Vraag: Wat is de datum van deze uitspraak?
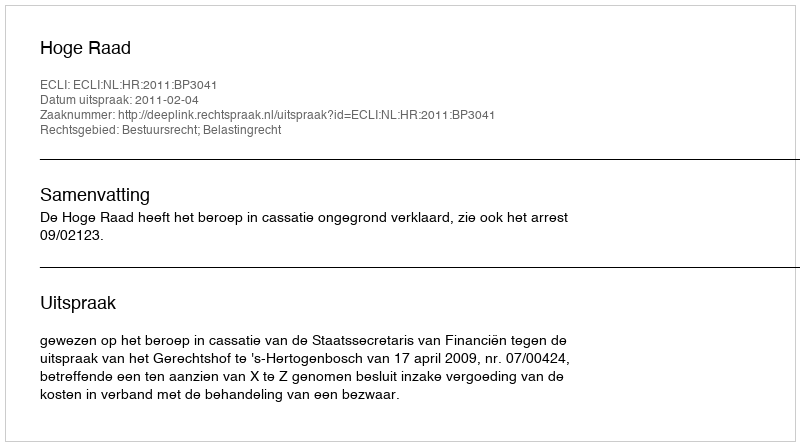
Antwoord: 2011-02-04